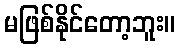
မဖြစ်နိုင်တော့ဘူး။